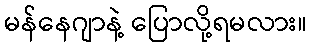
မန်နေဂျာနဲ့ ပြောလို့ရမလား။